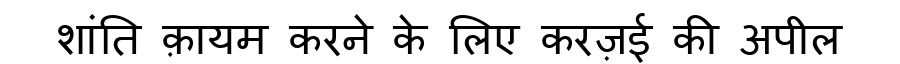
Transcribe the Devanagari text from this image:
शांति क़ायम करने के लिए करज़ई की अपील